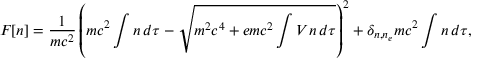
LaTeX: F [ n ] = { \frac { 1 } { m c ^ { 2 } } } \left( m c ^ { 2 } \int n \, d \tau - { \sqrt { m ^ { 2 } c ^ { 4 } + e m c ^ { 2 } \int V n \, d \tau } } \right) ^ { 2 } + \delta _ { n , n _ { e } } m c ^ { 2 } \int n \, d \tau ,